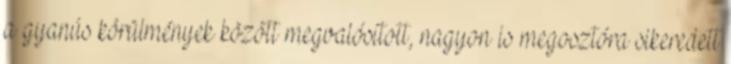
a gyanús körülmények között megvalósított, nagyon is megosztóra sikeredett